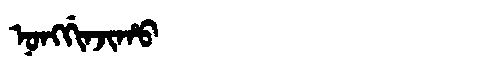
Manchu: ᠨᠣᠩᡤᡳᠨᠵᡳᡥᠣ
Romanization: NONGGINJIHO